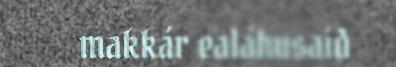
makkár ealáhusaid